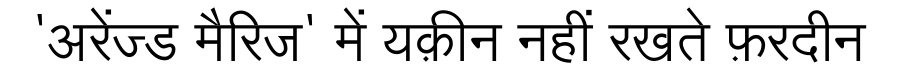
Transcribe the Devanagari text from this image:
'अरेंज्ड मैरिज' में यक़ीन नहीं रखते फ़रदीन